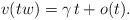
LaTeX: \begin{align*}v(tw)=\gamma\,t+o(t).\end{align*}